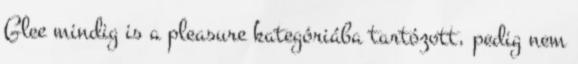
Glee mindig is a pleasure kategóriába tartózott, pedig nem